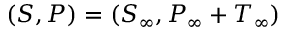
( S , P ) = ( S _ { \infty } , P _ { \infty } + T _ { \infty } )